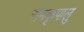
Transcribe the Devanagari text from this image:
रामकृपालु